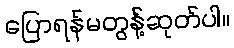
ပြောရန်မတွန့်ဆုတ်ပါ။